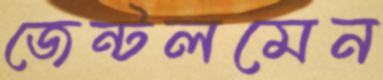
জেন্টলমেন